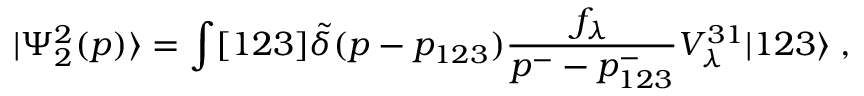
| \Psi _ { 2 } ^ { 2 } ( p ) \rangle = \int [ 1 2 3 ] \tilde { \delta } ( p - p _ { 1 2 3 } ) \frac { f _ { \lambda } } { p ^ { - } - p _ { 1 2 3 } ^ { - } } V _ { \lambda } ^ { 3 1 } | 1 2 3 \rangle \; ,